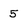
Character: 5